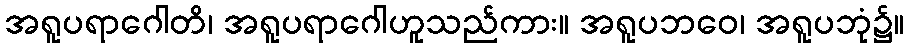
အရူပရာဂေါတိ၊ အရူပရာဂေါဟူသည်ကား။ အရူပဘဝေ၊ အရူပဘုံ၌။